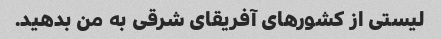
لیستی از کشورهای آفریقای شرقی به من بدهید.